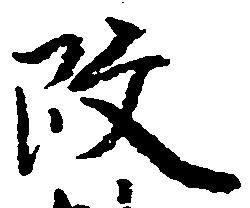
改